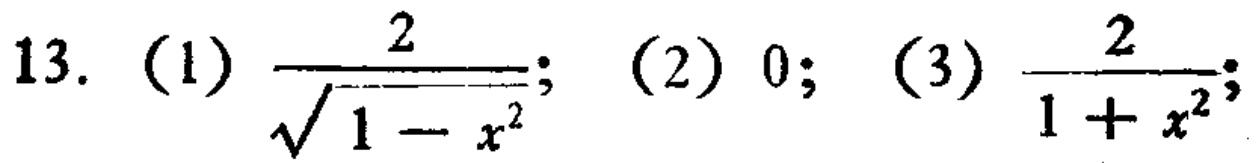
13. (1) $\frac{2}{\sqrt{1 - x^{2}}}$; (2) $0$; (3) $\frac{2}{1 + x^{2}}$;